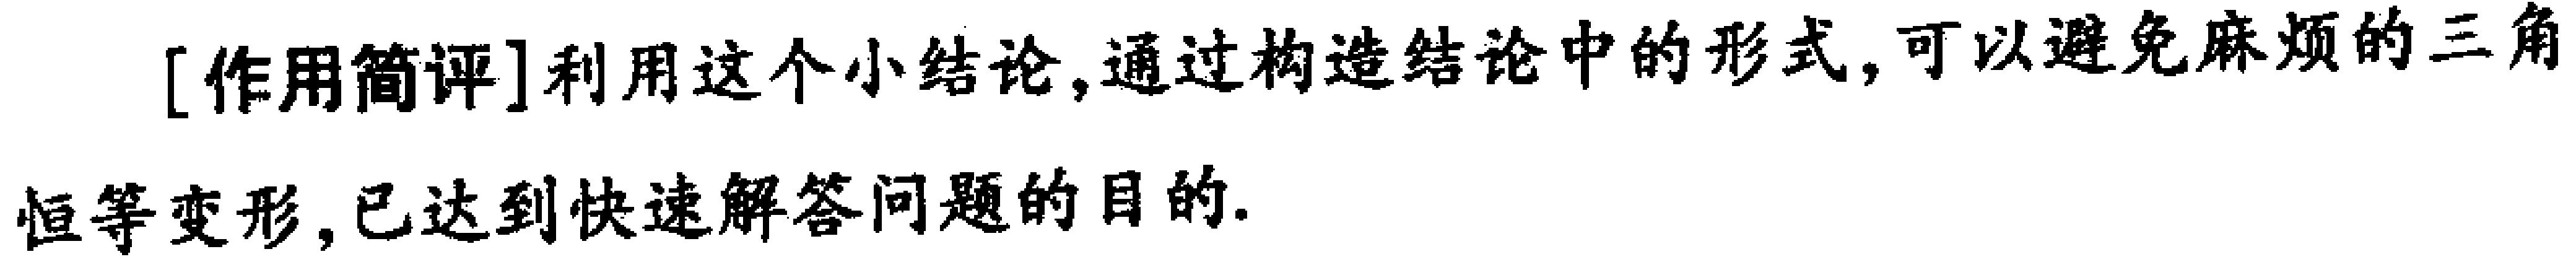
[作用简评]利用这个小结论,通过构造结论中的形式,可以避免麻烦的三角恒等变形,已达到快速解答问题的目的.